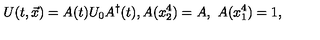
U ( t , \vec { x } ) = A ( t ) U _ { 0 } A ^ { \dagger } ( t ) , A ( x _ { 2 } ^ { 4 } ) = A , \ A ( x _ { 1 } ^ { 4 } ) = 1 ,